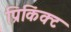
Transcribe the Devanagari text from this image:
प्रिकिंक्ट